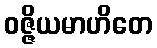
ဝဇ္ဇိယမာဟိတေ